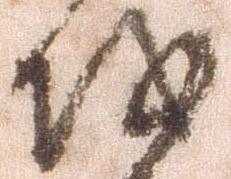
越